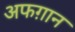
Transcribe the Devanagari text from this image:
अफग़ान